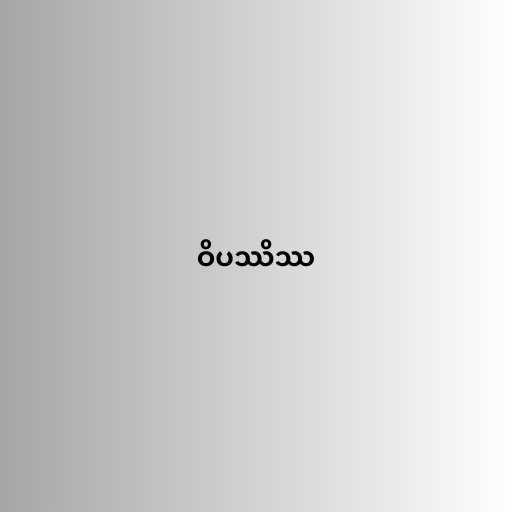
ဝိပဿိဿ